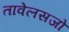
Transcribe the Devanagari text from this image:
तावेलसजो